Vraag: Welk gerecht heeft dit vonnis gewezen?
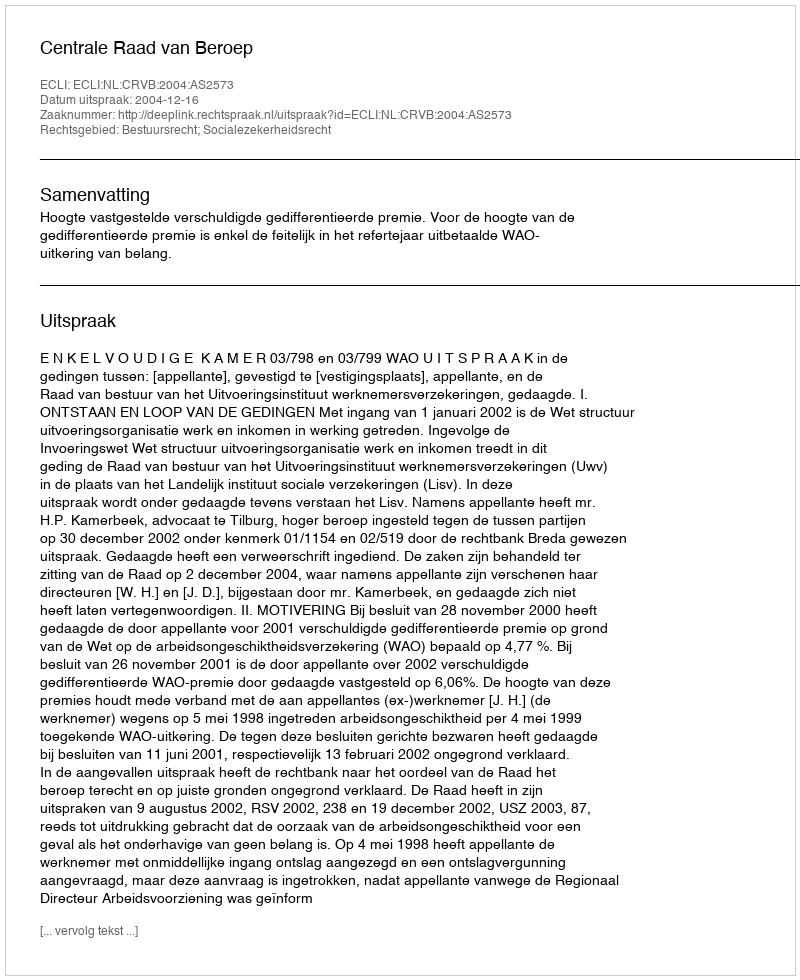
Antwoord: Centrale Raad van Beroep